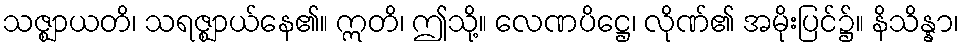
သဇ္ဈာယတိ၊ သရဇ္ဈာယ်နေ၏။ ဣတိ၊ ဤသို့။ လေဏပိဋ္ဌေ၊ လိုဏ်၏ အမိုးပြင်၌။ နိသိန္နာ၊